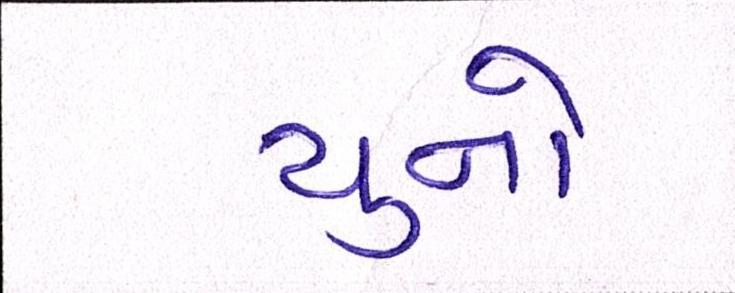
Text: ચુનો